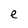
Character: e